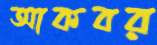
আকবর